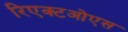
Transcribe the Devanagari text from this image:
रिएक्टओएस